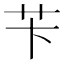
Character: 苄